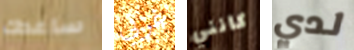
ساعدك غربي كانني لدي